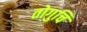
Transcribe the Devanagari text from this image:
तोगुचि